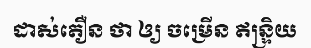
ដាស់តឿន ថា ឲ្យ ចម្រើន ឥន្ទ្រិយ